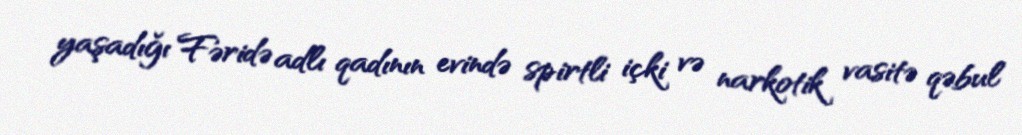
yaşadığı Fəridə adlı qadının evində spirtli içki və narkotik vasitə qəbul